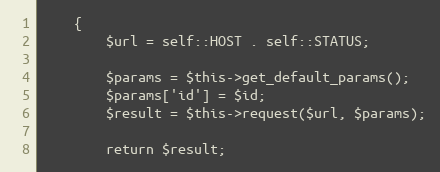
Language: PHP
    {
        $url = self::HOST . self::STATUS;

        $params = $this->get_default_params();
        $params['id'] = $id;
        $result = $this->request($url, $params);

        return $result;